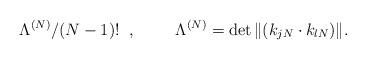
LaTeX: \begin{align*}\Lambda^{(N)}/(N-1)! \;\; , \hspace{10mm}\Lambda^{(N)}=\det\|(k_{jN}\cdot k_{lN})\| .\end{align*}